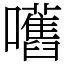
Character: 嚿